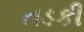
તડકી